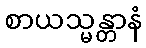
စာယသ္မန္တာနံ